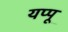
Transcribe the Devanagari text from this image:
यप्पू